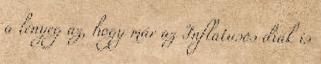
a lényeg az, hogy már az Inflatusos diák is